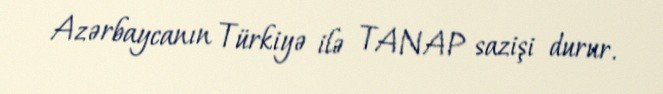
Azərbaycanın Türkiyə ilə TANAP sazişi durur.